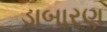
ડાબારણ